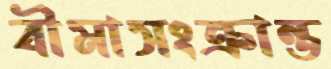
বীমাসংক্রান্ত